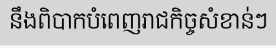
នឹងពិបាកបំពេញរាជកិច្ចសំខាន់ៗ